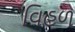
વિહળ